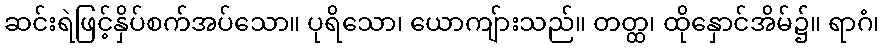
ဆင်းရဲဖြင့်နှိပ်စက်အပ်သော။ ပုရိသော၊ ယောကျ်ားသည်။ တတ္ထ၊ ထိုနှောင်အိမ်၌။ ရာဂံ၊